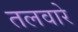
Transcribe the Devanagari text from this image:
तलवारे